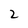
Character: 2